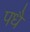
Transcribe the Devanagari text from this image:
पधै